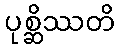
ပုစ္ဆိဿတိ